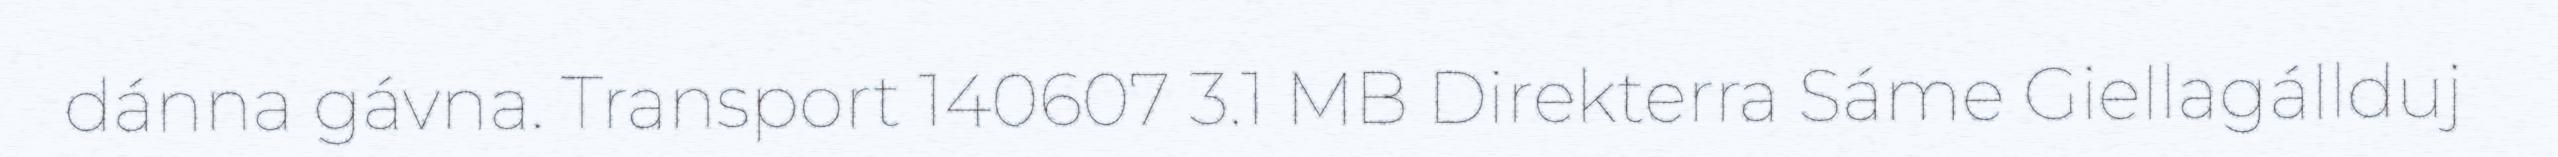
dánna gávna. Transport 140607 3.1 MB Direkterra Sáme Giellagállduj